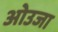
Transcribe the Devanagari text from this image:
ओउजा